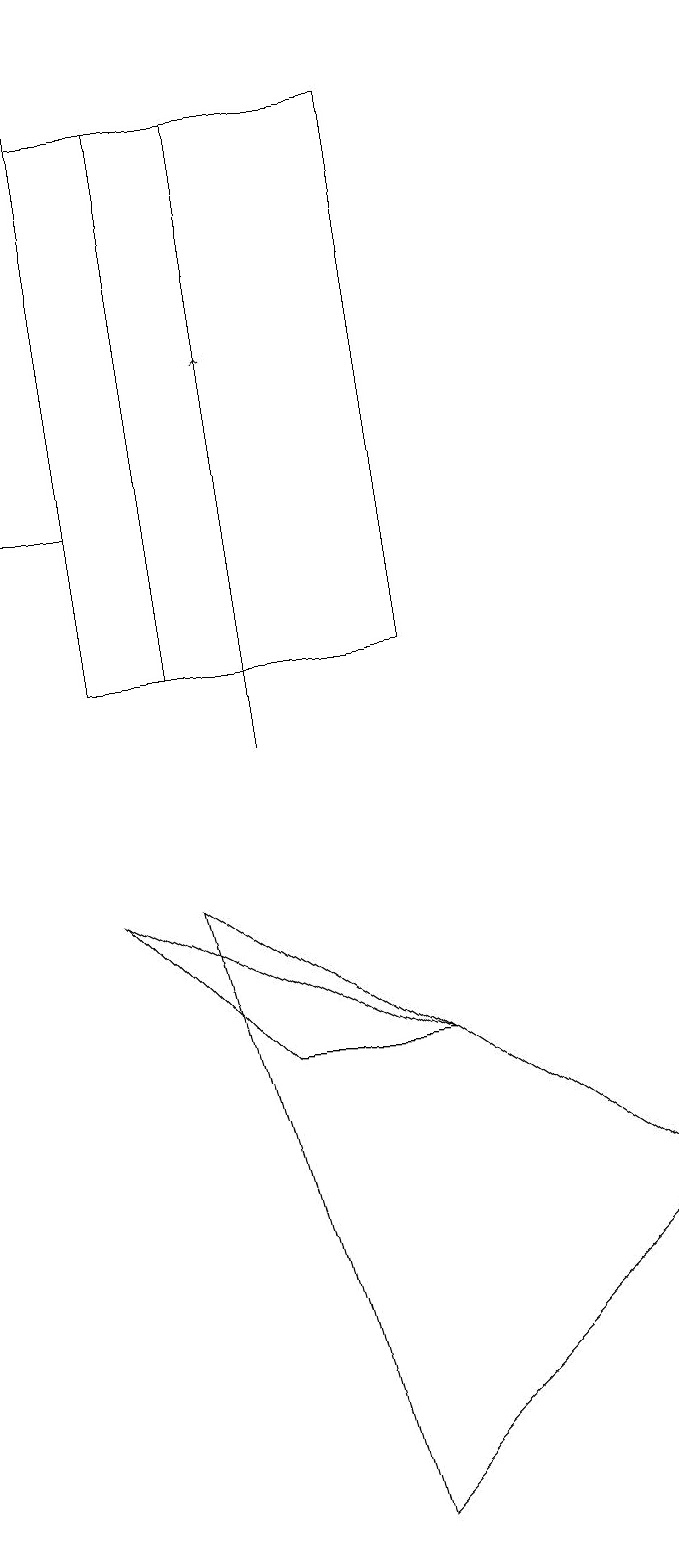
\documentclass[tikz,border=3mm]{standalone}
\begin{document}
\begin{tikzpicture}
\draw (4,6) -- (2,8) -- (6,6) -- cycle;
\draw (2,19) rectangle (1,13);
\draw (2,11) rectangle (4,18);
\draw (3,11) rectangle (6,18);
\draw (3,8) -- (9,4) -- (5,0) -- cycle;
\draw[->] (4,10) -- (4,15);
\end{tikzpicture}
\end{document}